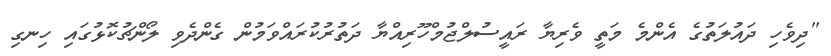
"ދިވެހި ދައުލަތުގެ އެންމެ މަތީ ވެރިޔާ ރައީސުލްޖުމްހޫރިއްޔާ ދަތުރުކުރައްވަމުން ގެންދެވި ލޯންޗުކޮޅުގައި ހިނގި